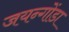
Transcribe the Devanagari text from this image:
जयन्गोंडा